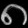
Digit: ၈